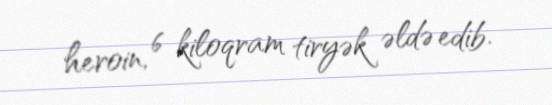
heroin, 6 kiloqram tiryək əldə edib.